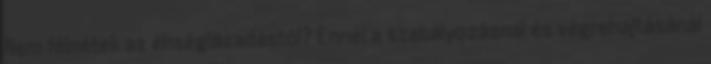
Nem félnétek az éhséglázadástól? Ennél a szabályozásnál és végrehajtásánál